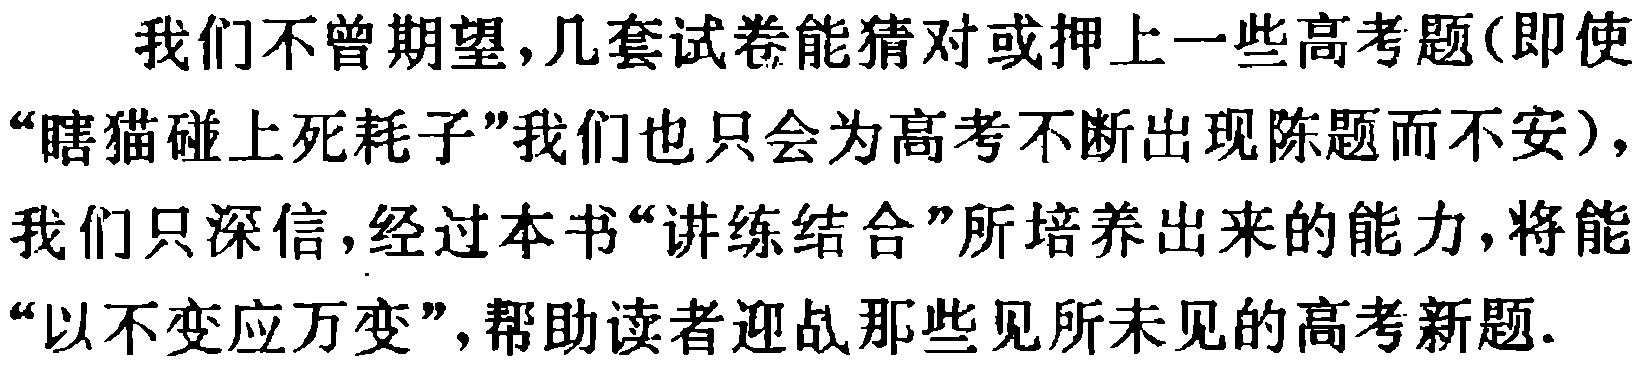
我们不曾期望,几套试卷能猜对或押上一些高考题(即使“瞎猫碰上死耗子”我们也只会为高考不断出现陈题而不安),我们只深信,经过本书“讲练结合”所培养出来的能力,将能“以不变应万变”,帮助读者迎战那些见所未见的高考新题.